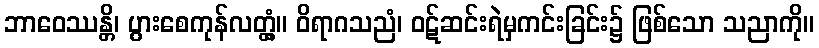
ဘာဝေဿန္တိ၊ ပွားစေကုန်လတ္တံ့။ ဝိရာဂသညံ၊ ဝဋ်ဆင်းရဲမှကင်းခြင်း၌ ဖြစ်သော သညာကို။